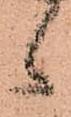
候